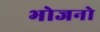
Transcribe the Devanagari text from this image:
भोजनो